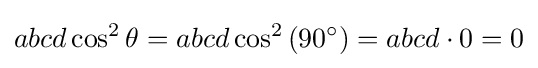
abcd\cos ^{2}\theta =abcd\cos ^{2}\left(90^{\circ }\right)=abcd\cdot 0=0